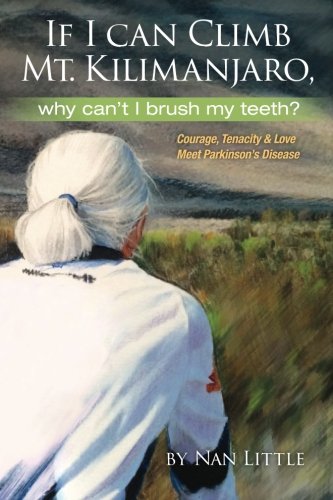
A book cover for If I Can Climb Mt. Kilimanjaro, Why Can't I Brush My Teeth?: Courage, Tenacity and Love Meet Parkinson's Disease; Nan Little; Health, Fitness & Dieting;